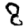
Digit: 8